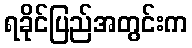
ရခိုင်ပြည်အတွင်းက